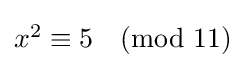
{\textstyle x^{2}\equiv 5{\pmod {11}}}